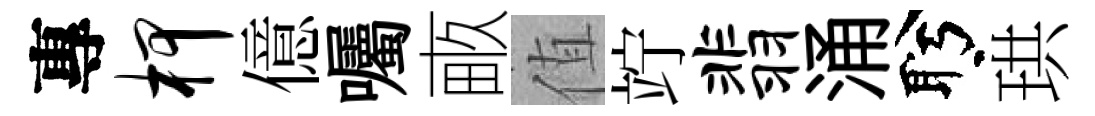
專柙億囑畞值竚翡涌盻珙